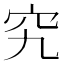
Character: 究